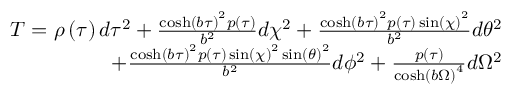
\begin{array} { r } { T = \rho \left( { \tau } \right) d \tau ^ { 2 } + \frac { \cosh \left( b { \tau } \right) ^ { 2 } p \left( { \tau } \right) } { b ^ { 2 } } d \chi ^ { 2 } + \frac { \cosh \left( b { \tau } \right) ^ { 2 } p \left( { \tau } \right) \sin \left( { \chi } \right) ^ { 2 } } { b ^ { 2 } } d \theta ^ { 2 } } \\ { + \frac { \cosh \left( b { \tau } \right) ^ { 2 } p \left( { \tau } \right) \sin \left( { \chi } \right) ^ { 2 } \sin \left( { \theta } \right) ^ { 2 } } { b ^ { 2 } } d \phi ^ { 2 } + \frac { p \left( { \tau } \right) } { \cosh \left( b { \Omega } \right) ^ { 4 } } d \Omega ^ { 2 } } \end{array}